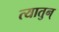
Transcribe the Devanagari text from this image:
त्यातुन्